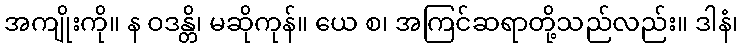
အကျိုးကို။ န ဝဒန္တိ၊ မဆိုကုန်။ ယေ စ၊ အကြင်ဆရာတို့သည်လည်း။ ဒါနံ၊